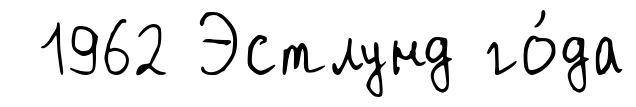
1962 Эстлунд го́да